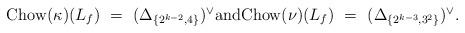
LaTeX: \begin{align*} \begin{matrix} {\rm Chow}(\kappa) (L_f) \,\,= \,\,(\Delta_{ \{2^{k-2},4\}})^\vee \hbox{and} {\rm Chow}(\nu) (L_f) \,\,= \,\, (\Delta_{ \{2^{k-3},3^2\}})^\vee.\end{matrix}\end{align*}